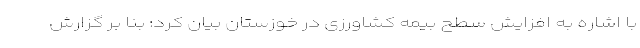
با اشاره به افزایش سطح بیمه کشاورزی در خوزستان بیان کرد: بنا بر گزارش